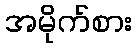
အမိုက်စား